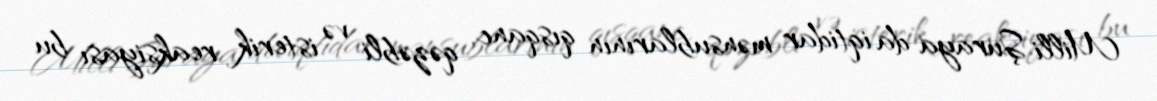
Milli Şuraya da iqtidar mənsublarının qısqanc, qəzəbli və isterik reaksiyası bu